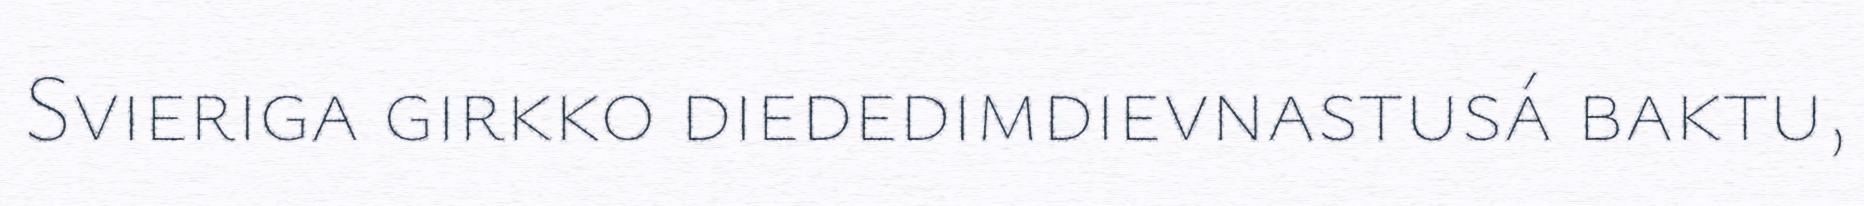
Svieriga girkko diededimdievnastusá baktu,